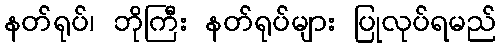
နတ်ရုပ်၊ ဘိုကြီး နတ်ရုပ်များ ပြုလုပ်ရမည်